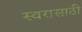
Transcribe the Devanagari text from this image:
स्वरासाठी